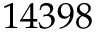
1 4 3 9 8